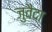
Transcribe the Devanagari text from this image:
जुवैदा